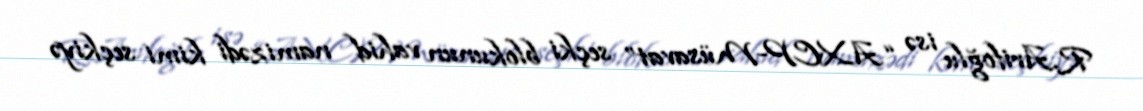
R.Arifoğlu isə “AXCP-Müsavat” seçki blokunun vahid namizədi kimi seçkiyə